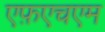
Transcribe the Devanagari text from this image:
एफ़एचएम